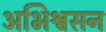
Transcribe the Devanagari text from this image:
अभिश्वसन